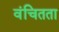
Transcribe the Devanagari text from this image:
वंचितता